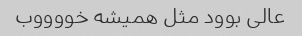
عالی بوود مثل همیشه خووووب